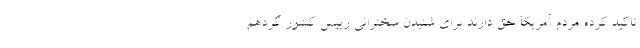
تاکید کرده مردم آمریکا حق دارند برای شنیدن سخنرانی رییس کشور گردهم